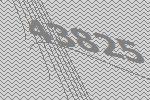
43825